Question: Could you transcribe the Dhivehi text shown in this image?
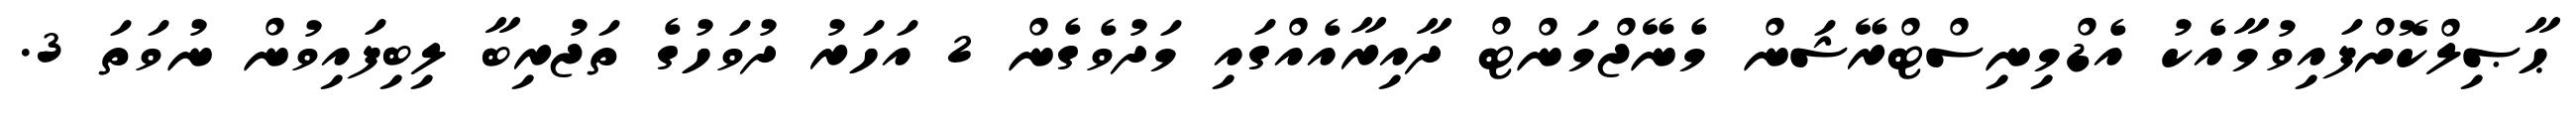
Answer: ޙާޞިލްކޮށްފައިވުމާއެކު އެޑްމިނިސްޓްރޭޝަން މެނޭޖްމަންޓް ދާއިރާއެއްގައި މަދުވެގެން 2 އަހަރު ދުވަހުގެ ތަޖުރިބާ ލިބިފައިވުން ނުވަތަ 3.